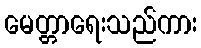
မေတ္တာရေးသည်ကား